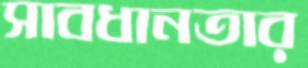
সাবধানতার